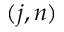
( j , n )